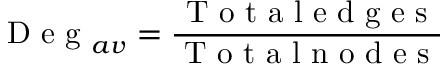
\textrm { D e g } _ { a v } = \frac { \textrm { T o t a l e d g e s } } { \textrm { T o t a l n o d e s } }